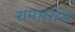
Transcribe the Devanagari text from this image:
रामभरोस